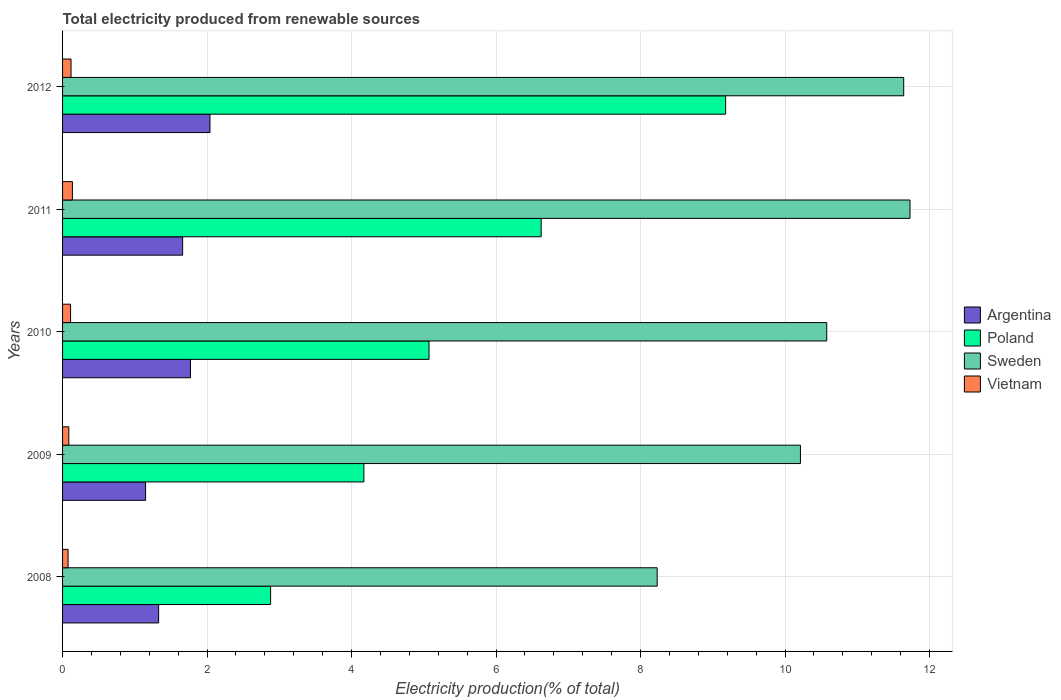
| Years | Argentina | Poland | Sweden | Vietnam |
 | --- | --- | --- | --- | --- |
 | 2008 | 1.33 | 2.88 | 8.23 | 0.0763 |
 | 2009 | 1.15 | 4.17 | 10.2 | 0.0866 |
 | 2010 | 1.77 | 5.07 | 10.6 | 0.111 |
 | 2011 | 1.66 | 6.62 | 11.7 | 0.136 |
 | 2012 | 2.04 | 9.18 | 11.6 | 0.117 |